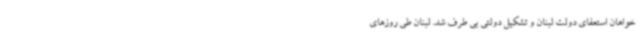
خواهان استعفای دولت لبنان و تشکیل دولتی بی طرف شد. لبنان طی روزهای